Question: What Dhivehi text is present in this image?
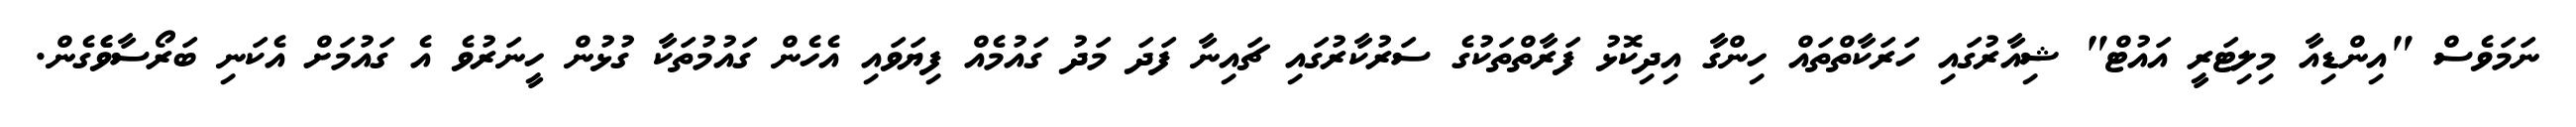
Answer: ނަމަވެސް "އިންޑިއާ މިލިޓަރީ އައުޓް" ޝިއާރުގައި ހަރަކާތްތައް ހިންގާ އިދިކޮޅު ފަރާތްތަކުގެ ސަރުކާރުގައި ޗައިނާ ފަދަ މަދު ގައުމެއް ފިޔަވައި އެހެން ގައުމުތަކާ ގުޅުން ހީނަރުވެ އެ ގައުމަށް އެކަނި ބަރޯސާވެެގެން.